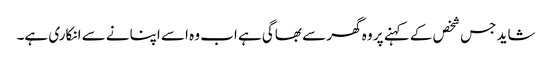
شاید جس شخص کے کہنے پر وہ گھر سے بھاگی ہے اب وہ اسے اپنانے سے انکاری ہے۔